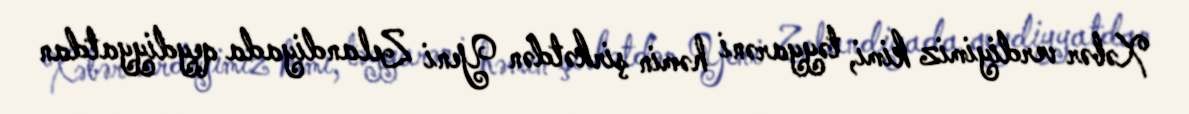
Xəbər verdiyimiz kimi, təyyarəni həmin şirkətdən Yeni Zelandiyada qeydiyyatdan